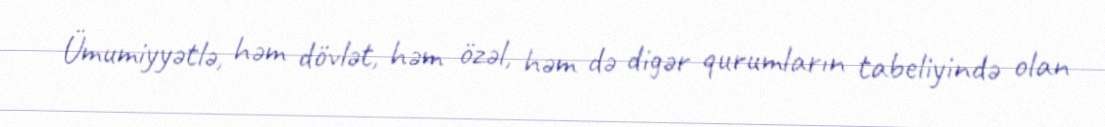
Ümumiyyətlə, həm dövlət, həm özəl, həm də digər qurumların tabeliyində olan